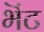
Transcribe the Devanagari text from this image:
भॆंट